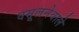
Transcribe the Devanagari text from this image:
वसूलनेवाले